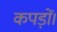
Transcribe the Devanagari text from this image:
कपड़ों।